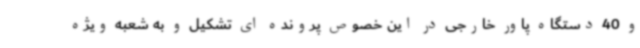
و 40 دستگاه پاور خارجی در این خصوص پرونده ای تشکیل و به شعبه ویژه